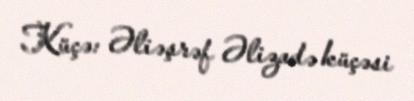
Küçə: Əliəşrəf Əlizadə küçəsi